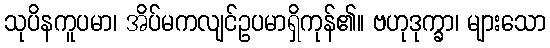
သုပိနကူပမာ၊ အိပ်မကလျင်ဥပမာရှိကုန်၏။ ဗဟုဒုက္ခာ၊ များသော